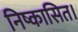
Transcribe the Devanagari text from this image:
निष्कासित।